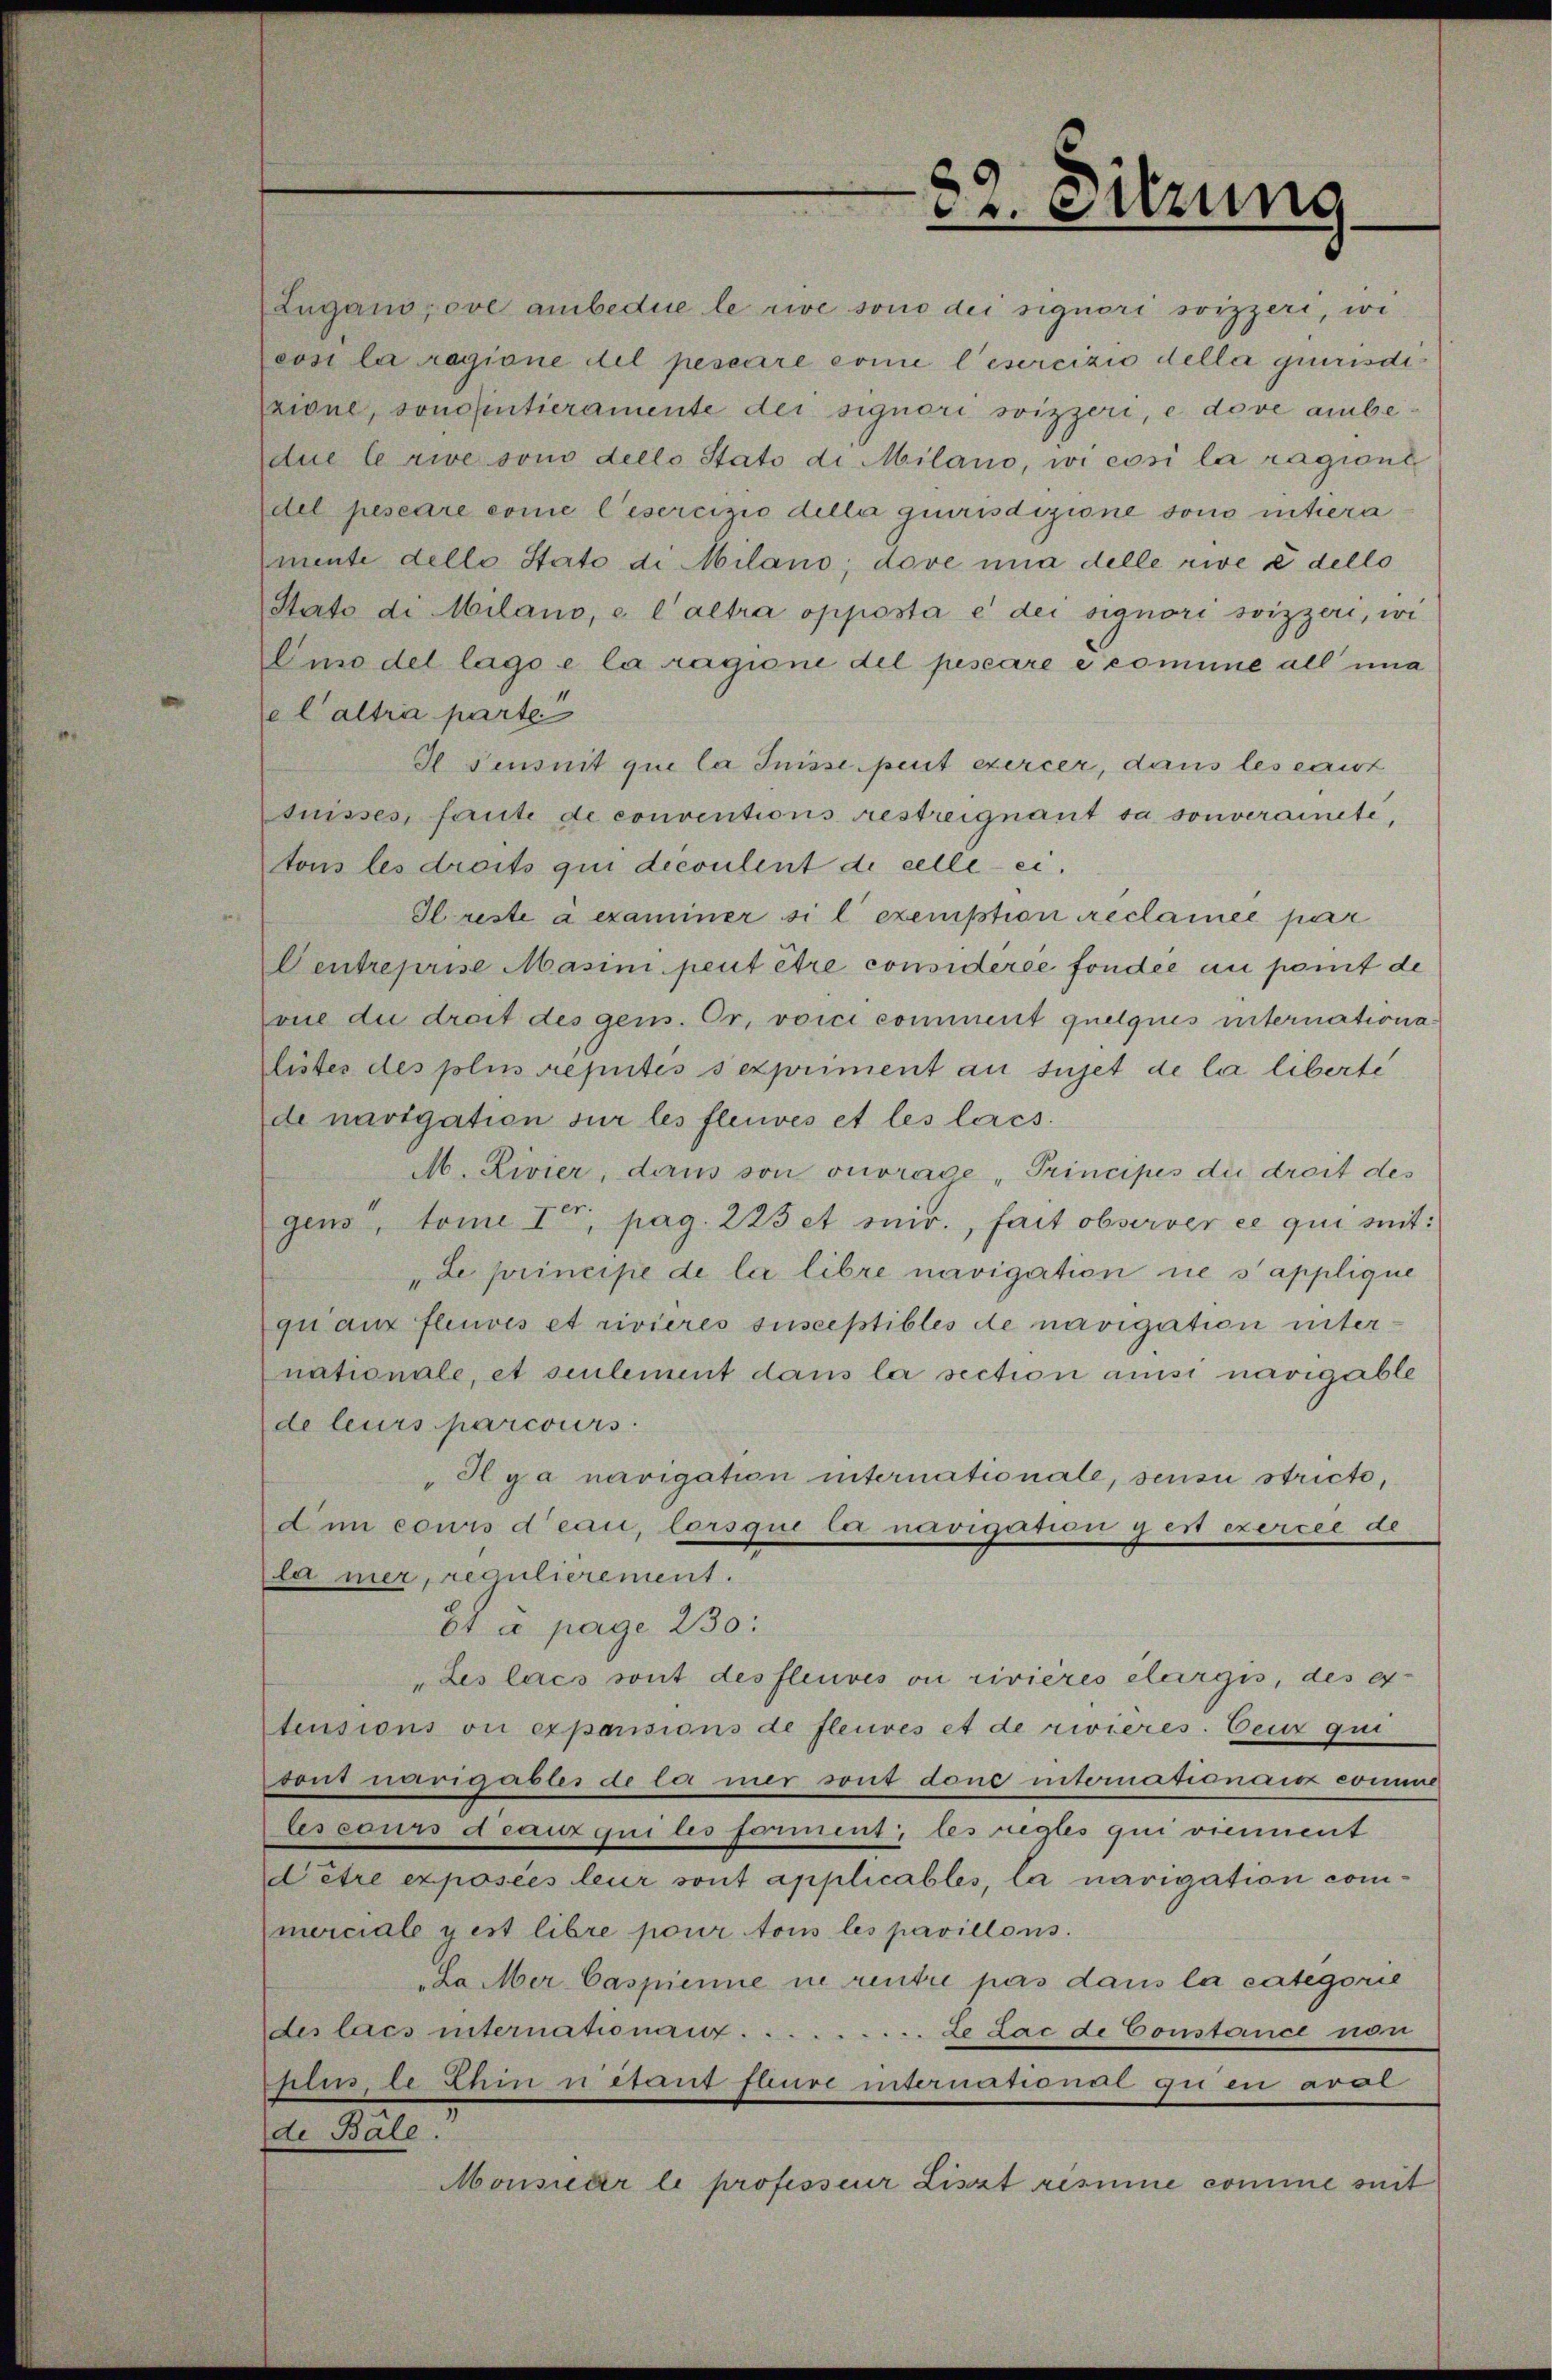
82. Sitzung
Lugano; ove ambedue le rive sono dei signori svizzeri, ivi
così la ragione del pescare come l'esercizio della giurisdi¬
zione, sonoǀintieramente dei signori svizzeri, e dove ambe¬
due le rive sono dello Stato di Milano, ivi così la ragione
del pescare come l'esercizio della giurisdizione sono intiera¬
mente dello Stato di Milano; dove una delle rive è dello
Stato di Milano, e l'altra opposta è dei signori svizzeri, ivi
l'uso del lago e la ragione del pescare è comune all'una
e l'altra parte."
Il s'ensuit que la Suisse peut exercer, dans les eaux
suisses, faute de conventions restreignant sa souveraineté,
tous les droits qui découlent de celle ci.
Il reste à examiner si l'exemption réclamée par
l'entreprise Masini peut être considérée fondée au point de
vue du droit des gens. Or, voici comment quelques internationa¬
listes des plus réputés s'expriment au sujet de la liberté
de navigation sur les fleuves et les lacs.
M. Rivier, dans son ouvrage "Principes du droit de
gens", tome Ier, pag. 223 et suiv., fait observer ce qui suit:
"Le principe de la libre navigation ne s'applique
qu'aux fleuves et rivières susceptibles de navigation inter¬
nationale, et seulement dans la section ainsi navigable
de leurs parcours.
"Il y a navigation internationale, sensu stricto,
d'un cours d'eau, lorsque la navigation y est exercée de
la mer, régulièrement."
Et à page 230:
"Les lacs sont des fleuves ou rivières élargis, des ex¬
tensions ou expansions de fleuves et de rivières. Ceux qui
sont navigables de la mer sont donc internationaux comme
les cours d'eaux qui les forment; les règles qui viennent
d'être exposées leur sont applicables, la navigation com¬
merciale y est libre pour tous les pavillons.
"La Mer Caspienne ne rentre pas dans la catégorie
des lacs internationaux . . . . . . . . . Le Lac de Constance non
plus, le Rhin n'étant fleuve international qu'en aval
de Bâle."
Monsieur le professeur Liszt résume comme suit